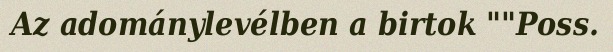
Az adománylevélben a birtok ""Poss.